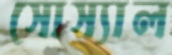
সোস্যাল